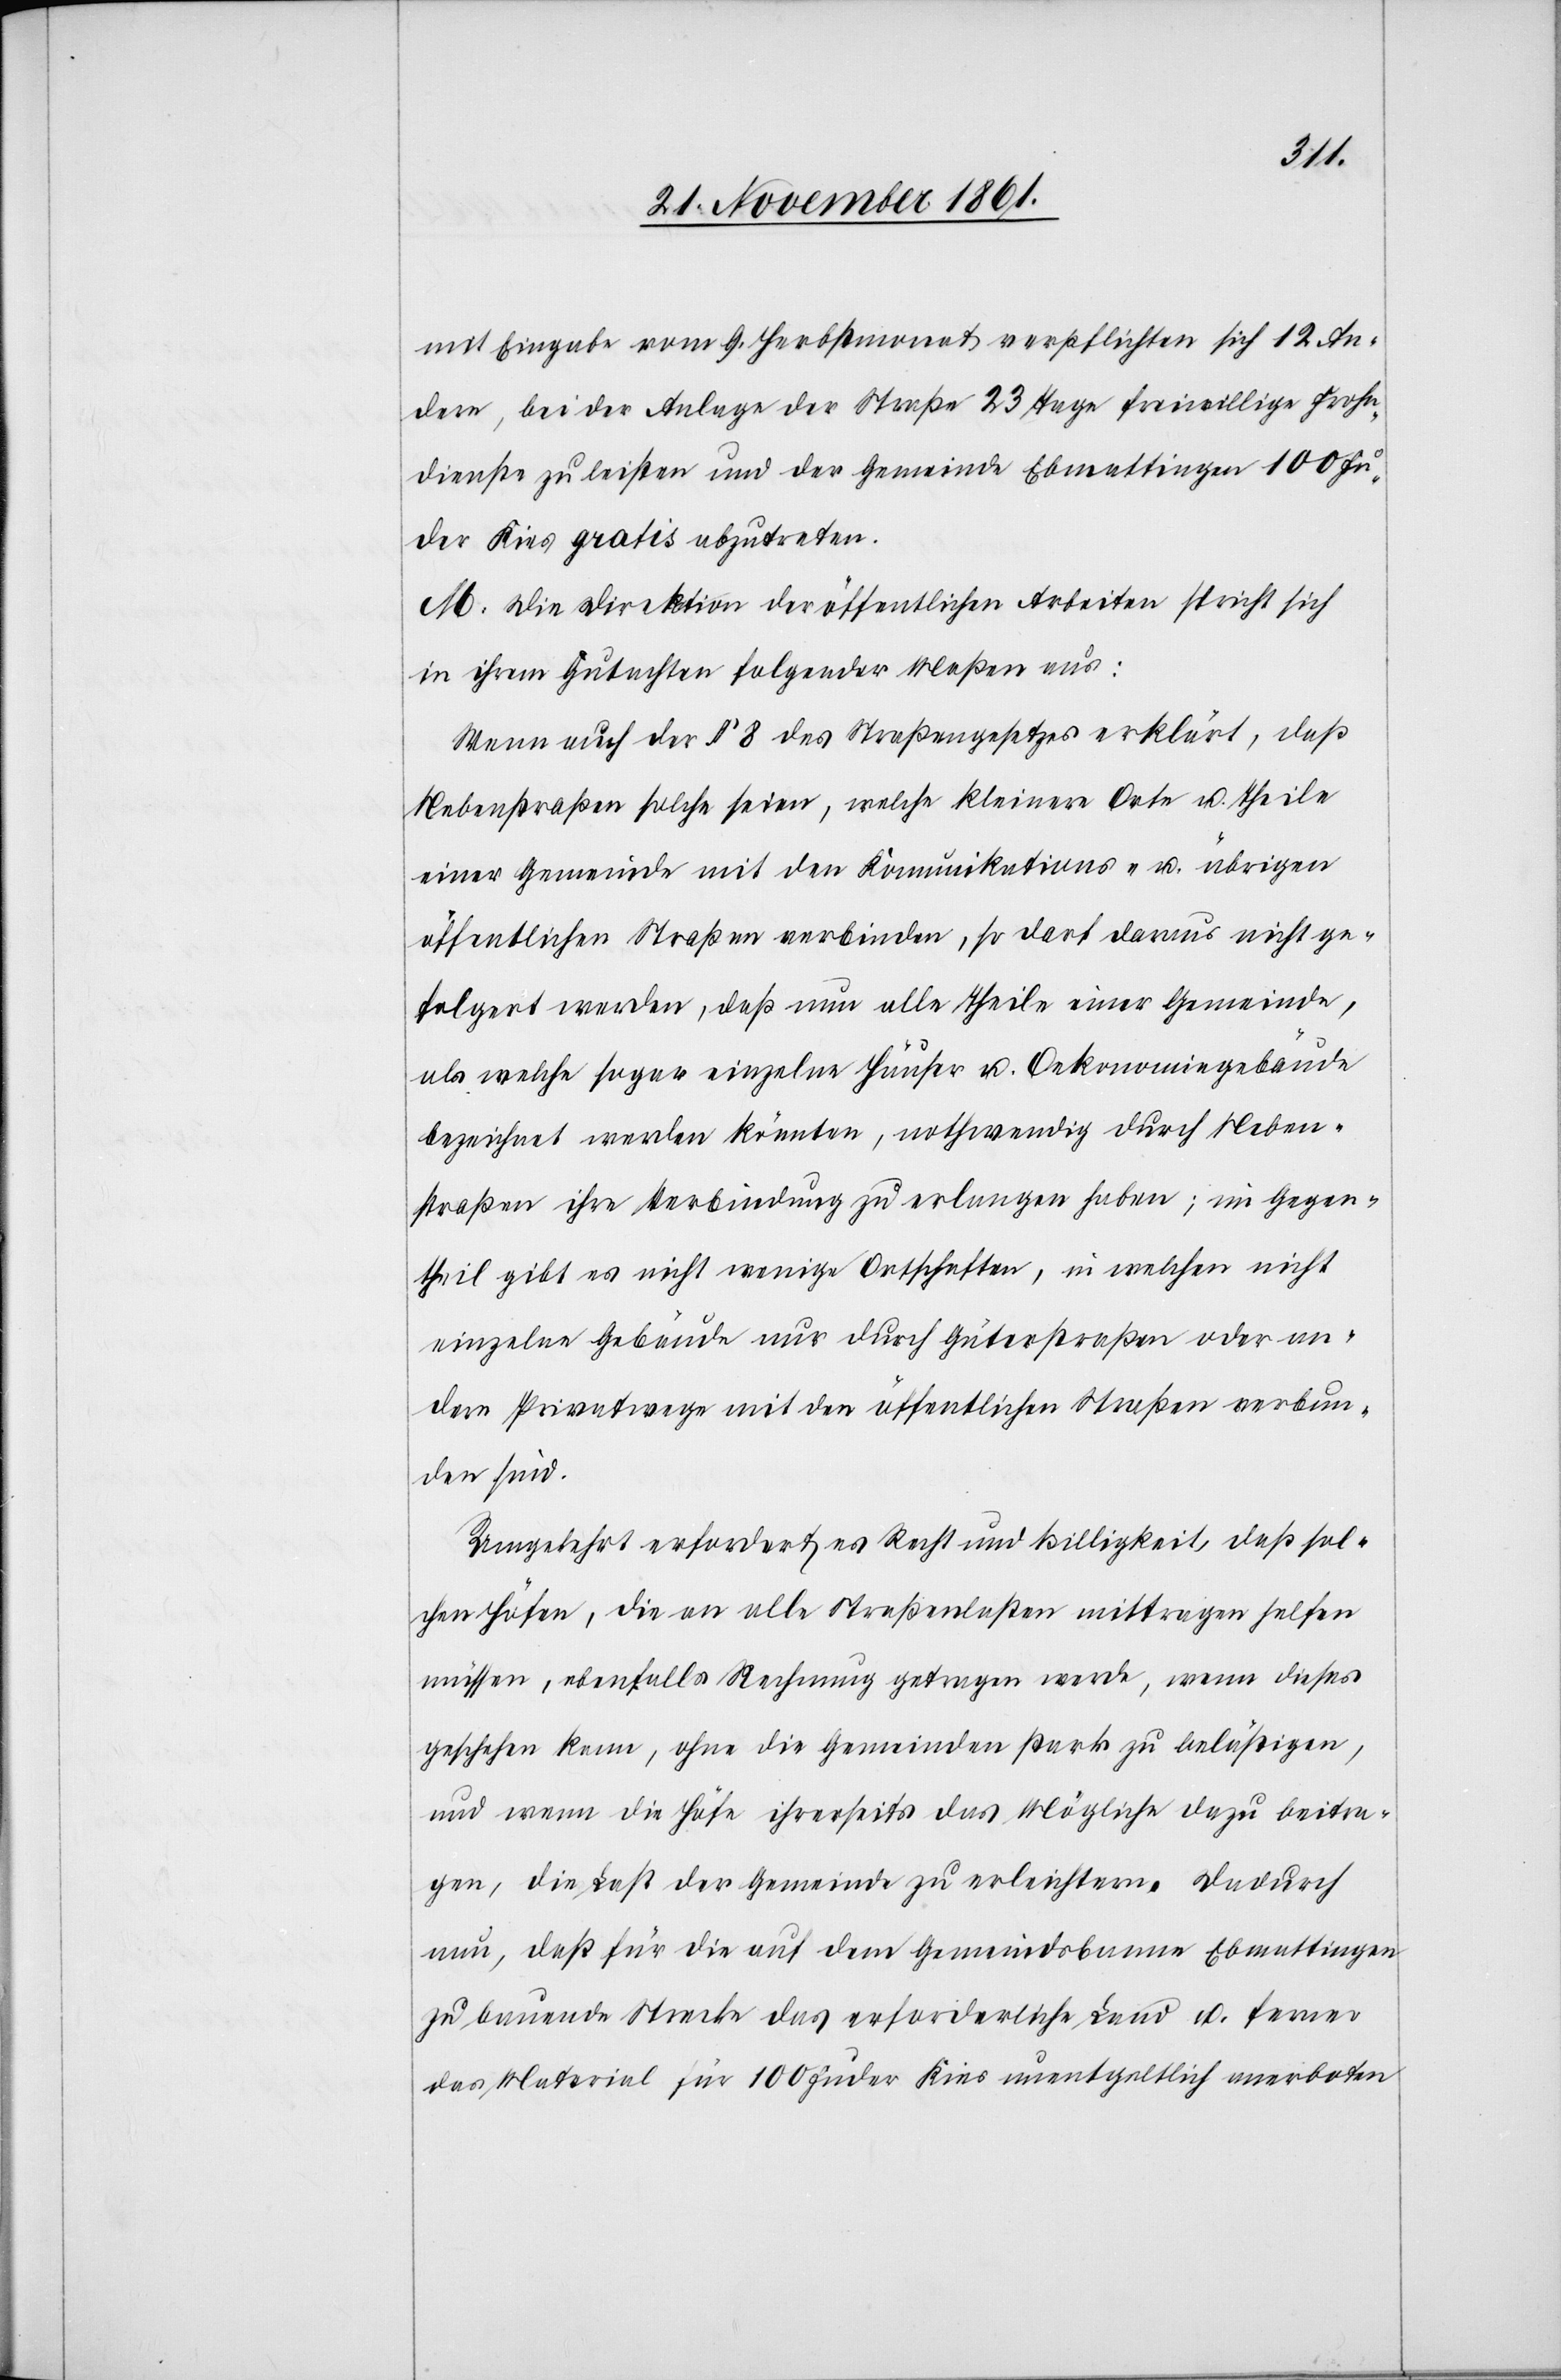
mit Eingabe vom 9 Herbstmonat verpflichten sich 12 An¬
dere, bei der Anlage der Straße 23 Tage freiwillige Frohn¬
dienste zu leisten und der Gemeinde Ebmattingen 100 Fu¬
der Kies gratis abzutreten.
M. Die Direktion der öffentlichen Arbeiten spricht sich
in ihrem Gutachten folgender Maßen aus:
Wenn auch der § 8 des Straßengesetzes erklärt, daß
Nebenstraßen solche seien, welche kleinere Orte u. Theile
einer Gemeinde mit den Kommunikations- u. übrigen
öffentlichen Straßen verbinden, so darf daraus nicht ge¬
folgert werden, daß nun alle Theile einer Gemeinde,
als welche sogar einzelne Häuser u. Oekonomiegebäude
bezeichnet werden könnten, nothwendig durch Neben¬
straßen ihre Verbindung zu erlangen haben; im Gegen¬
theil gibt es nicht wenige Ortschaften, in welchen nicht
einzelne Gebäude nur durch Güterstraßen oder an¬
dere Privatwege mit den öffentlichen Straßen verbun¬
den sind.
Umgekehrt erfordert es Recht und Billigkeit, daß sol¬
chen Höfen, die an alle Straßenlasten mittragen helfen
müssen, ebenfalls Rechnung getragen werde, wenn dieses
geschehen kann, ohne die Gemeinden stark zu belästigen,
und wenn die Höfe ihrerseits das Mögliche dazu beitra¬
gen, die Last der Gemeinde zu erleichtern. Dadurch
nun, daß für die auf dem Gemeindsbanne Ebmattingen
zu bauende Strecke das erforderliche Land u. ferner
das Material für 100 Fuder Kies unentgeltlich anerboten